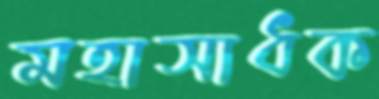
মহাসাধক